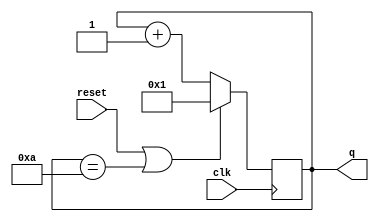
module top_module (
    input clk,
    input reset,
    output reg [3:0] q);
    always @(posedge clk) begin
        if (reset || q == 10) begin
            q = 1;
        end
        else
            q = q + 1;
    end
endmodule